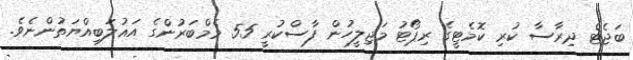
ބަޖެޓް ދިރާސާ ކުރި ކޮމެޓީގެ ރިޕޯޓު މަޖިލީހުން ފާސްކުރީ 55 މެމްބަރުންގެ އަޣުލަބިއްޔަތުންނެވެ.